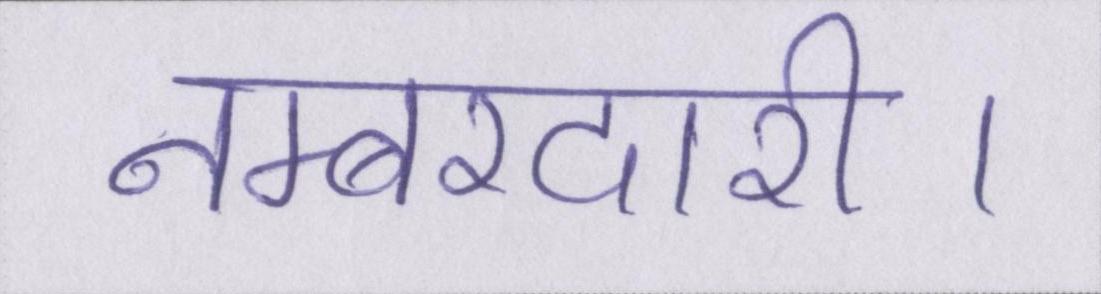
नम्बरदारी।